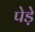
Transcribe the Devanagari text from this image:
पेड़े